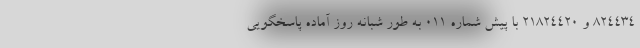
۸۲۴۴۳۴ و ۲۱۸۲۴۴۲۰ با پیش شماره ۰۱۱ به طور شبانه روز آماده پاسخگویی